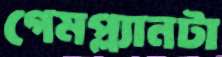
গেমপ্ল্যানটা